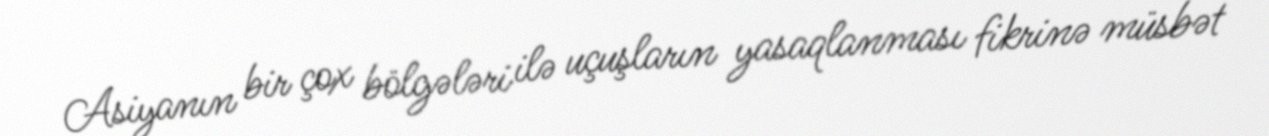
Asiyanın bir çox bölgələri ilə uçuşların yasaqlanması fikrinə müsbət